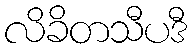
လိခိတသီပဒီ